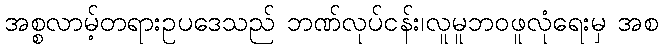
အစ္စလာမ့်တရားဥပဒေသည် ဘဏ်လုပ်ငန်း၊လူမူဘဝဖူလုံရေးမှ အစ